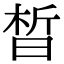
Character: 晳